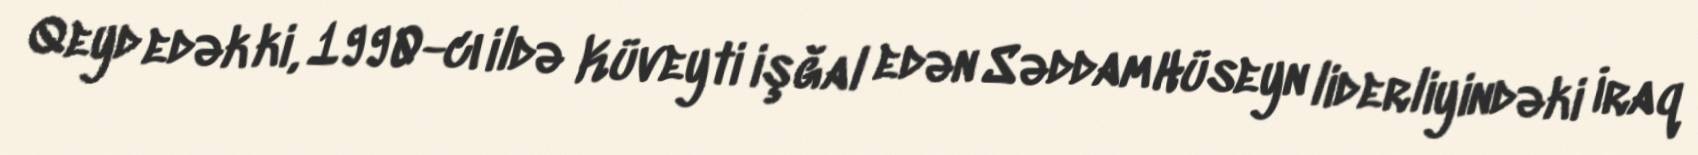
Qeyd edək ki, 1990-cı ildə Küveyti işğal edən Səddam Hüseyn liderliyindəki İraq